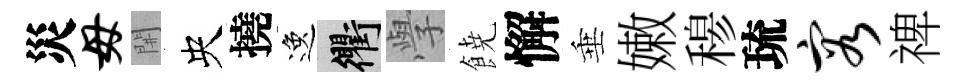
災毋𨳩央撓逸衢𭓕𩜙懈垂嫩𥠇琉容禆